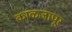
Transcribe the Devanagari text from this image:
काळजापूर